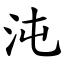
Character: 沌